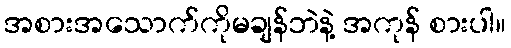
အစားအသောက်ကိုမချန်ဘဲနဲ့ အကုန် စားပါ။